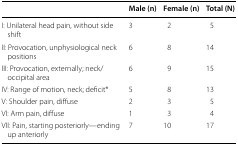
|  | Male (n) | Female (n) | Total (N) |
 | --- | --- | --- | --- |
 | I: Unilateral head pain, without side shift | 3 | 2 | 5 |
 | II: Provocation, unphysiological neck positions | 6 | 8 | 14 |
 | III: Provocation, externally; neck/occipital area | 6 | 9 | 15 |
 | IV: Range of motion, neck; deficit* | 5 | 8 | 13 |
 | V: Shoulder pain, diffuse | 2 | 3 | 5 |
 | VI: Arm pain, diffuse | 1 | 3 | 4 |
 | VII: Pain, starting posteriorly—ending up anteriorly | 7 | 10 | 17 |